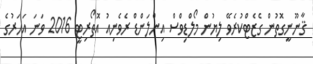
ޤާނޫނީގޮތުން ގެޒެޓްކުރެވޭ ލިޔުން މޯލްޑިވްސް އިންލަންޑް ރެވެނިއު އޮތޯރިޓީ 2016 ވަނަ އަހަރުގެ